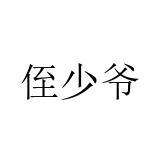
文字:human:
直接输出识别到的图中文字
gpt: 侄少爷